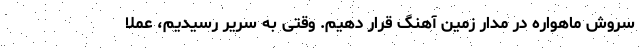
سروش ماهواره در مدار زمین آهنگ قرار دهیم. وقتی به سریر رسیدیم، عملا